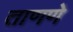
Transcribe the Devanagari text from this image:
ताणणे